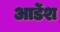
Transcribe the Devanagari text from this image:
आर्डेश